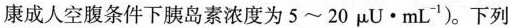
康成人空腹条件下胰岛素浓度为5~20μ U \cdot ml^{-1})。下列